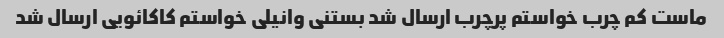
ماست کم چرب خواستم پرچرب ارسال شد بستنی وانیلی خواستم کاکائویی ارسال شد